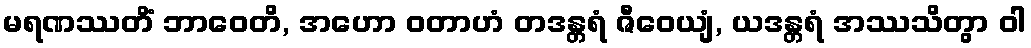
မရဏဿတိံ ဘာဝေတိ, အဟော ဝတာဟံ တဒန္တရံ ဇီဝေယျံ, ယဒန္တရံ အဿသိတွာ ဝါ